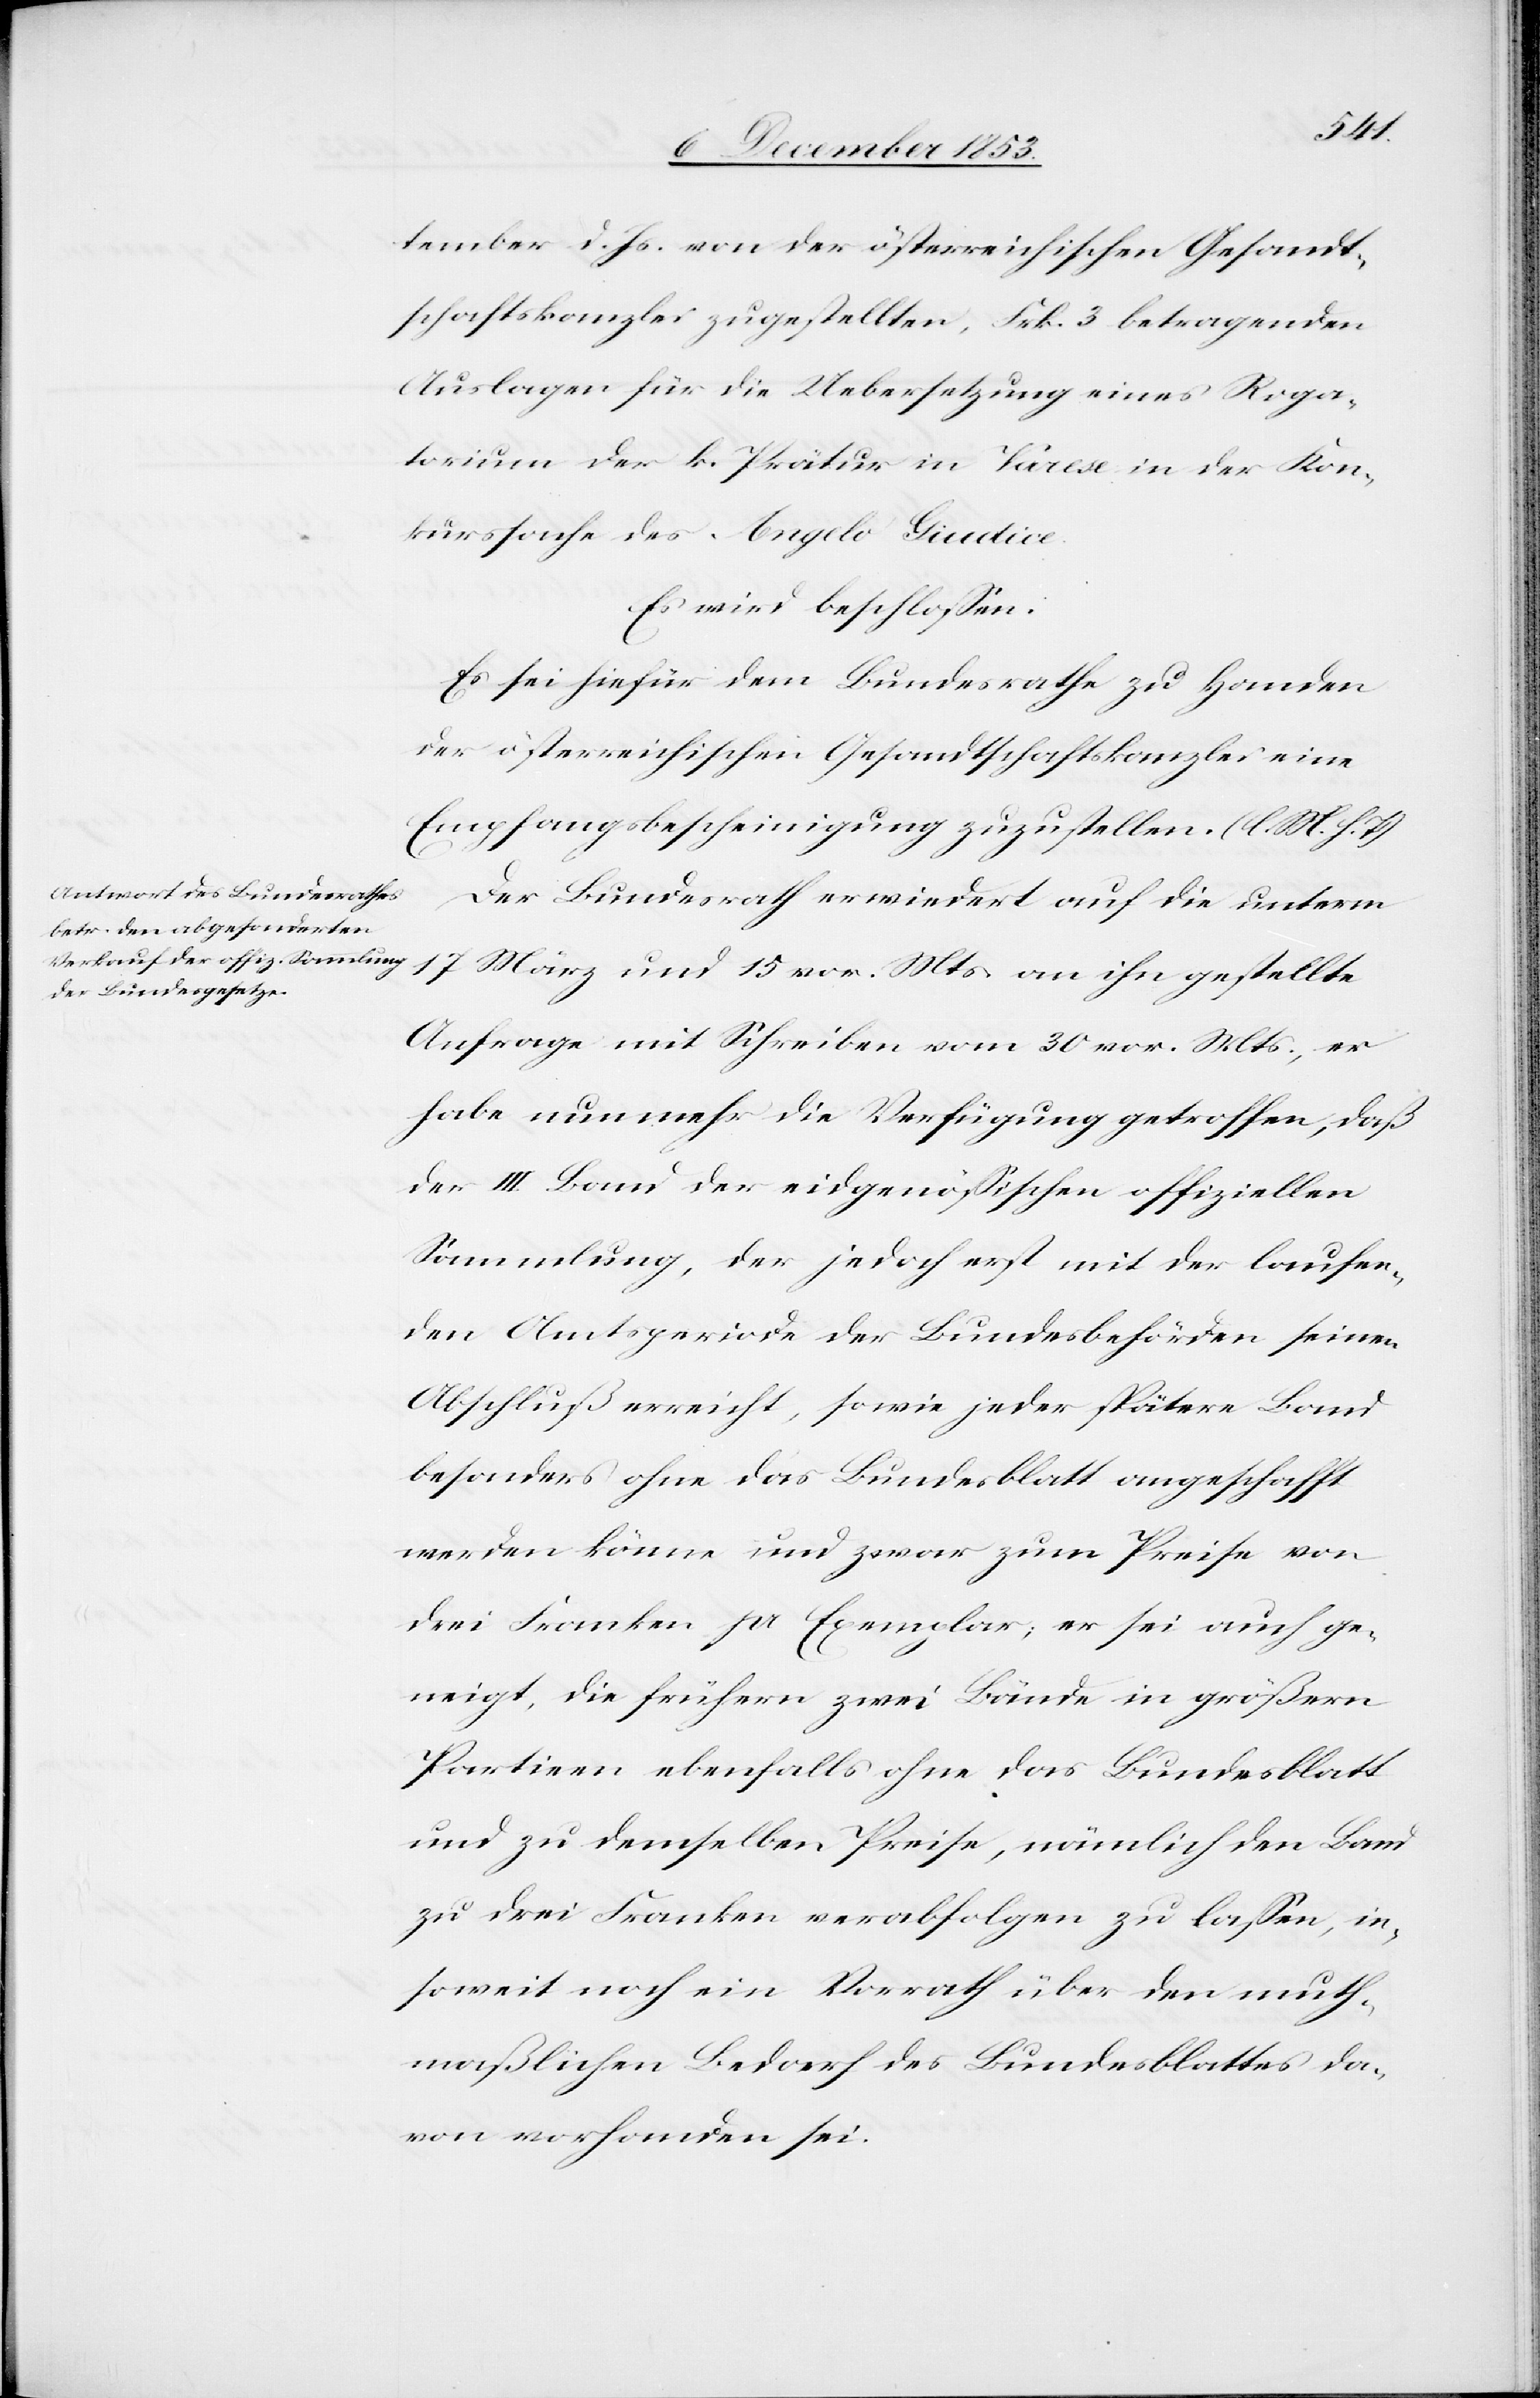
tember d. Js. von der schweizerischen Gesandt¬
schaftskanzlei zugestellten, Frk. 3 betragenden
Auslagen für die Uebersetzung eines Roga¬
torium der k. Prätur in Varese in der Kon¬
kurssache des Angelo Gindice.
Der Bundesrath erwiedert auf die unterm
17 März und 15 vor. Mts. an ihn gestellte
Anfrage mit Schreiben vom 30 vor. Mts., er
habe nunmehr die Verfügung getroffen, daß
der III. Band der eidgenößischen offiziellen
Sammlung, der jedoch erst mit der laufen¬
den Amtsperiode der Bundesbehörden seinen
Abschluß erreicht, sowie jeder spätere Band
besonders ohne das Bundesblatt angeschafft
werden könne und zwar zum Preise von
drei Franken pro Exemplar, er sei auch ge¬
neigt, die frühern zwei Bände in größern
[sic!] ebenfalls ohne das Bundesblatt
und zu demselben Preise, nämlich den Band
zu drei Franken verabfolgen zu laßen, in¬
soweit noch ein Vorrath über den muth¬
maßlichen Bedarf des Bundesblattes da¬
von vorhanden sei.